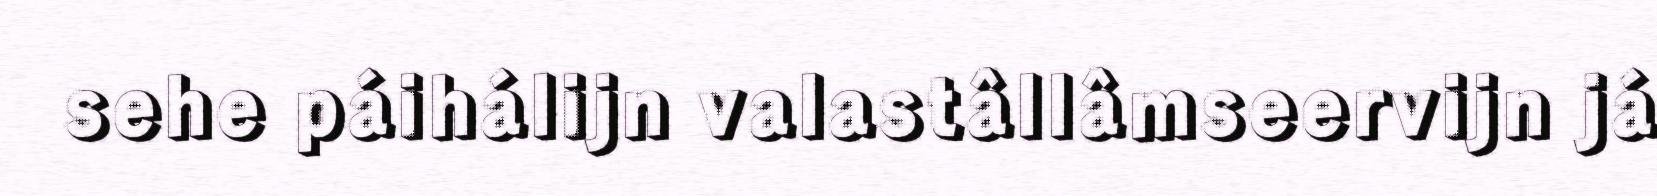
sehe páihálijn valastâllâmseervijn já